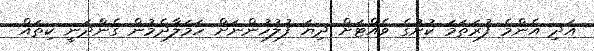
އަދި އެންމެ ފުރަތަމަ ކުށުގެ ވެއްޓަށް ދިޔަ ފުލުހުންނަށް ހަމަލާދެމުން ގެންދަނީ ކިތައް